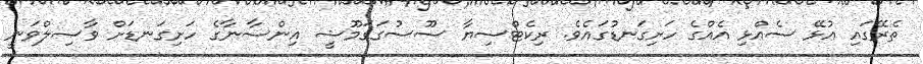
ތެރޭގައި އުޅޭ ސެއްޅި އެއްގެ ހަށިގަނޑުގައެވެ. ރިކެޓްސިޔާ ސޫސުގަގަމޫޝީ އިންސާނާގެ ހަށިގަނޑަށް ވާޞިލްވަނީ